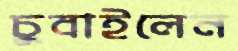
চুবাইলেন